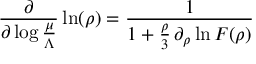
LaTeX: \frac { \partial } { \partial \log \frac { \mu } { \Lambda } } \ln ( \rho ) = \frac { 1 } { 1 + \frac { \rho } { 3 } \, \partial _ { \rho } \ln { \cal F } ( \rho ) }